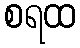
စရထ